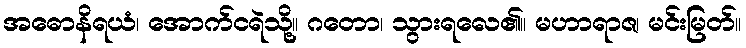
အဓောနိရယံ၊ အောက်ငရဲသို့။ ဂတော၊ သွားရလေ၏။ မဟာရာဇ၊ မင်းမြတ်။